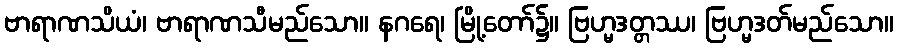
ဗာရာဏသိယံ၊ ဗာရာဏသီမည်သော။ နဂရေ၊ မြို့တော်၌။ ဗြဟ္မဒတ္တဿ၊ ဗြဟ္မဒတ်မည်သော။